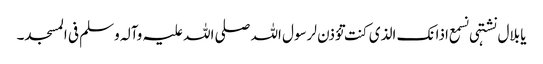
یا بلال نشتہی نسمع اذانک الذی کنت تؤذن لرسول اللہ صلی اللہ علیہ وآلہ وسلم فی المسجد۔